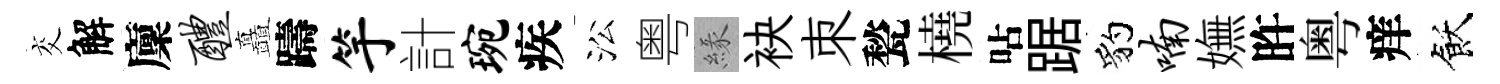
交解廩醴矗躊竽計琬疾㳂粤緣袂朿甃橈呫踞豹喃嫵旿粤痒飫